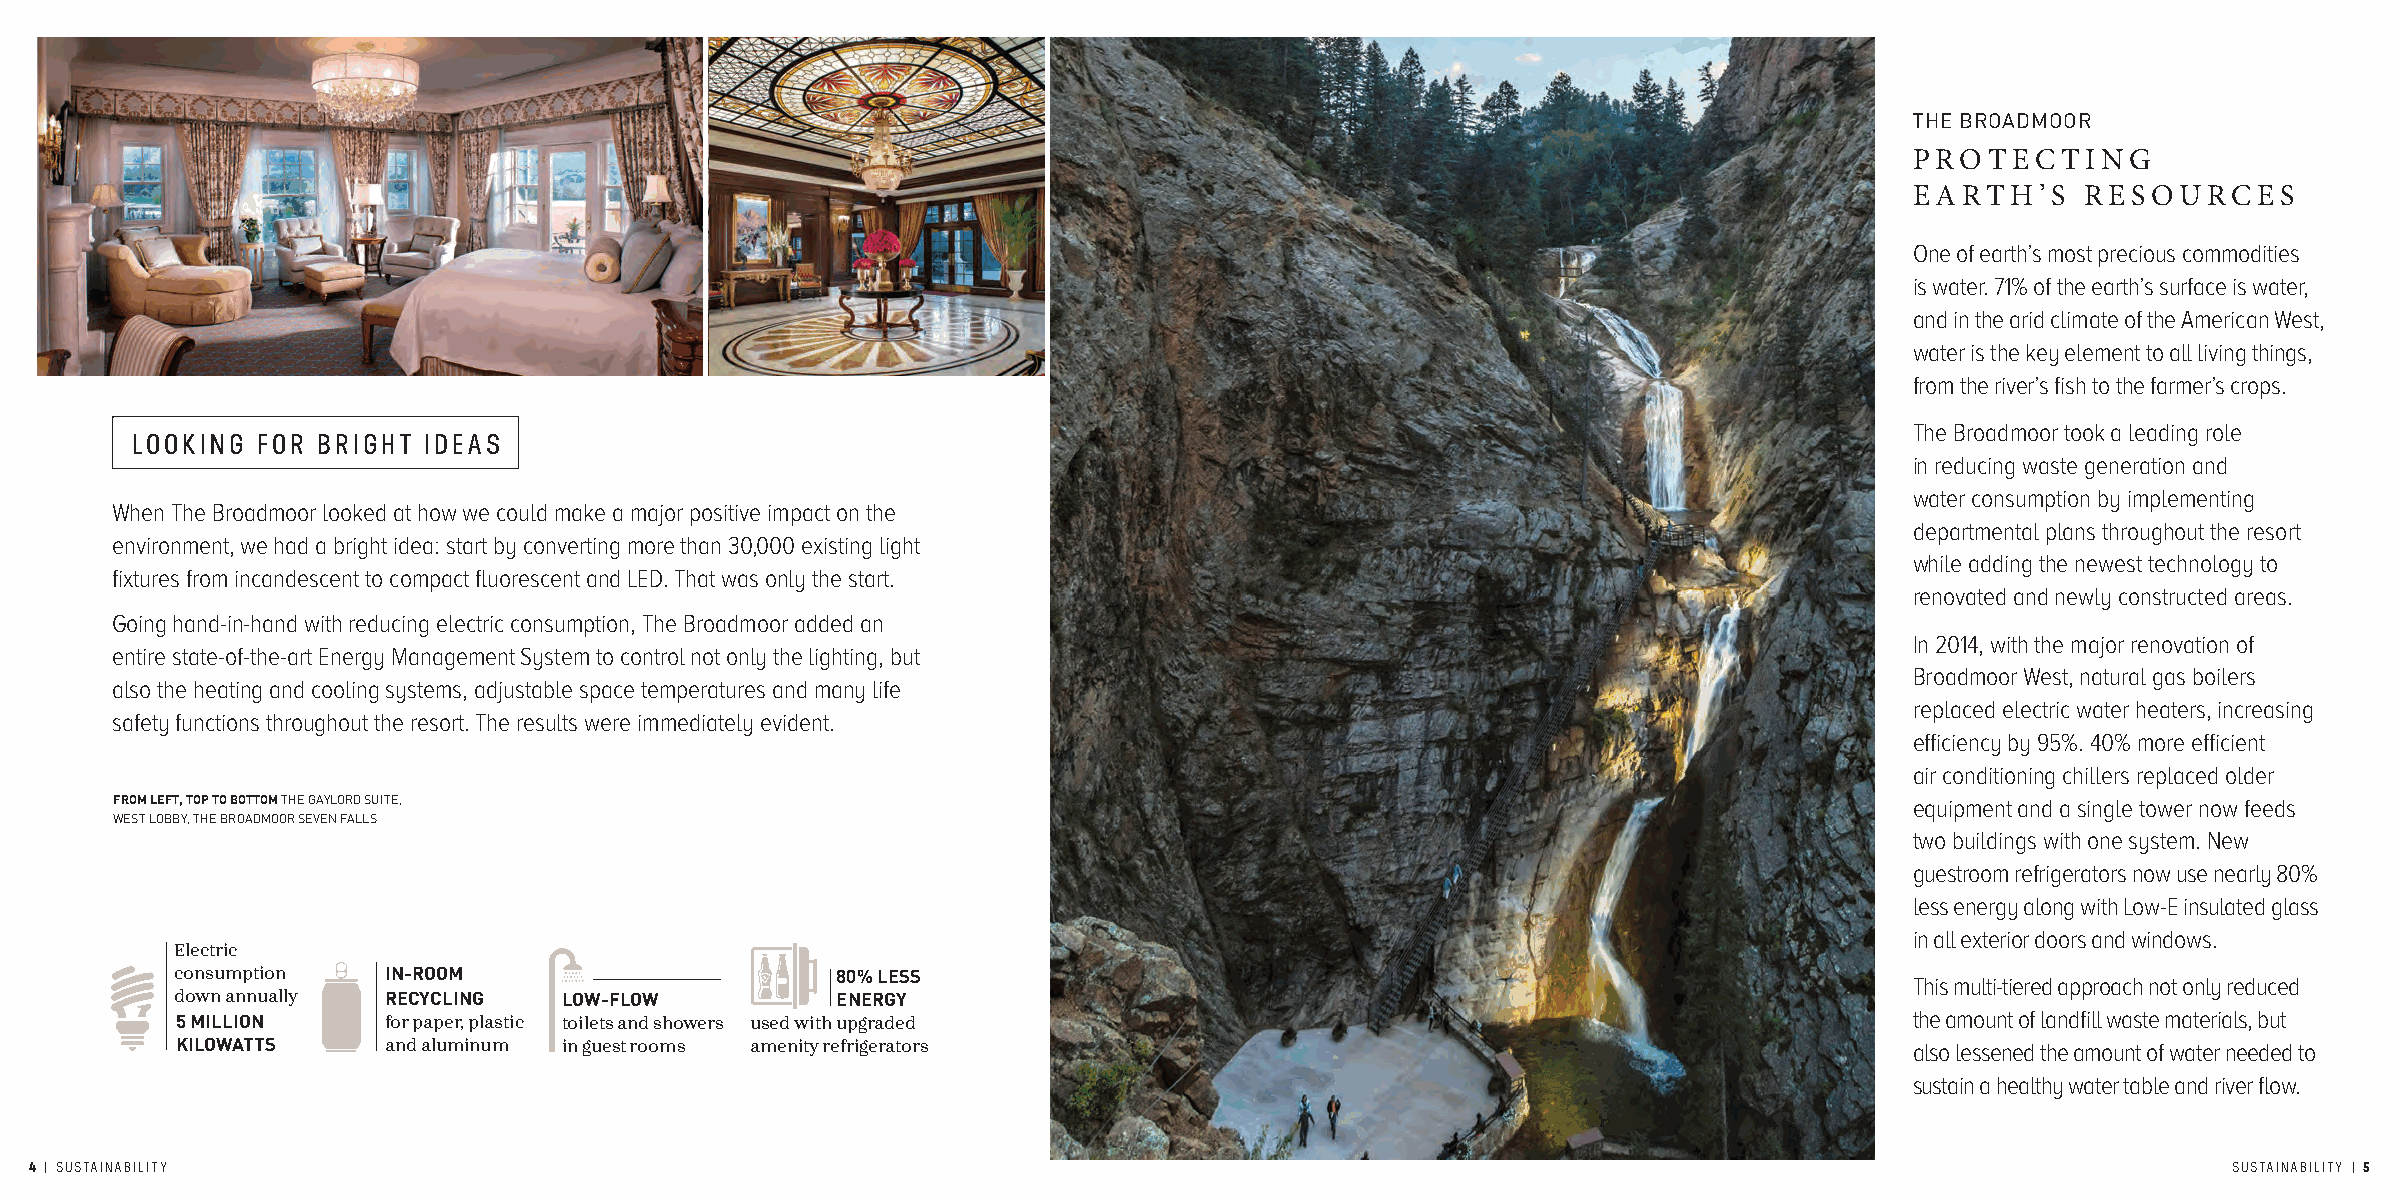
THE BROADMOOR
 PROTECTING
 EARTH’S    RESOURCES
 One of earth’s most precious commodities
 is water. 71% of the earth’s surface is water,
 and in the arid climate of the American West,
 water is the key element to all living things,
 from the river’s fish to the farmer’s crops.
 The Broadmoor took a leading role
 LOOKING FOR BRIGHT IDEAS
 in reducing waste generation and
 water consumption by implementing
 When The Broadmoor looked at how we could make a major positive impact on the
 departmental plans throughout the resort
 environment, we had a bright idea: start by converting more than 30,000 existing light
 while adding the newest technology to
 fixtures from incandescent to compact fluorescent and LED. That was only the start.
 renovated and newly constructed areas.
 Going hand-in-hand with reducing electric consumption, The Broadmoor added an
 In 2014, with the major renovation of
 entire state-of-the-art Energy Management System to control not only the lighting, but
 Broadmoor West, natural gas boilers
 also the heating and cooling systems, adjustable space temperatures and many life
 replaced electric water heaters, increasing
 safety functions throughout the resort. The results were immediately evident.
 efficiency by 95%. 40% more efficient
 air conditioning chillers replaced older
 FROM LEFT, TOP TO BOTTOM THE GAYLORD SUITE,                                                                             equipment and a single tower now feeds
 WEST LOBBY, THE BROADMOOR SEVEN FALLS
 two buildings with one system. New
 guestroom refrigerators now use nearly 80%
 less energy along with Low-E insulated glass
 in all exterior doors and windows.
 Electric
 consumption  IN-ROOM                       80% LESS
 This multi-tiered approach not only reduced
 down annually RECYCLING  LOW-FLOW          ENERGY
 5 MILLION    for paper, plastic toilets and showers used with upgraded                                             the amount of landfill waste materials, but
 KILOWATTS    and aluminum in guest rooms amenity refrigerators                                                     also lessened the amount of water needed to
 sustain a healthy water table and river flow.
 4 | SUSTAINABILITY                                                                                                                                SUSTAINABILITY | 5